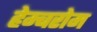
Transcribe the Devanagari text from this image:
हेम्बरोम